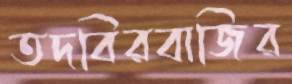
তদবিরবাজির